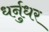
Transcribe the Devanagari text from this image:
धर्नुधर